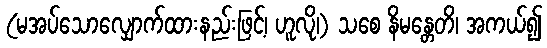
(မအပ်သောလျှောက်ထားနည်းဖြင့်၊ ဟူလို၊) သစေ နိမန္တေတိ၊ အကယ်၍